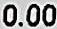
0.00